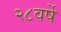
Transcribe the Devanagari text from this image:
२८वर्षे